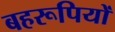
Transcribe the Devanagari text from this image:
बहरूपियों